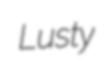
Lusty